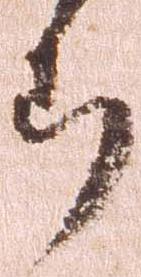
郎